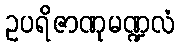
ဥပရိဇာဏုမဏ္ဍလံ